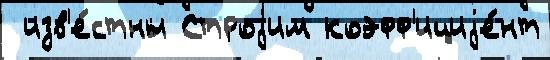
 изв'е́стны Строjим коэфф'ициjе́нт